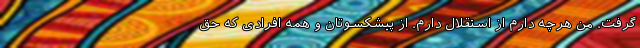
گرفت. من هرچه دارم از استقلال دارم. از پیشکسوتان و همه افرادی که حق